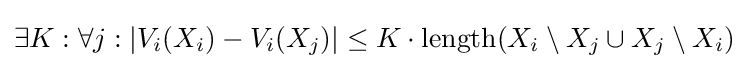
\exists K:\forall j:|V_{i}(X_{i})-V_{i}(X_{j})|\leq K\cdot \mathrm {length} (X_{i}\setminus X_{j}\cup X_{j}\setminus X_{i})